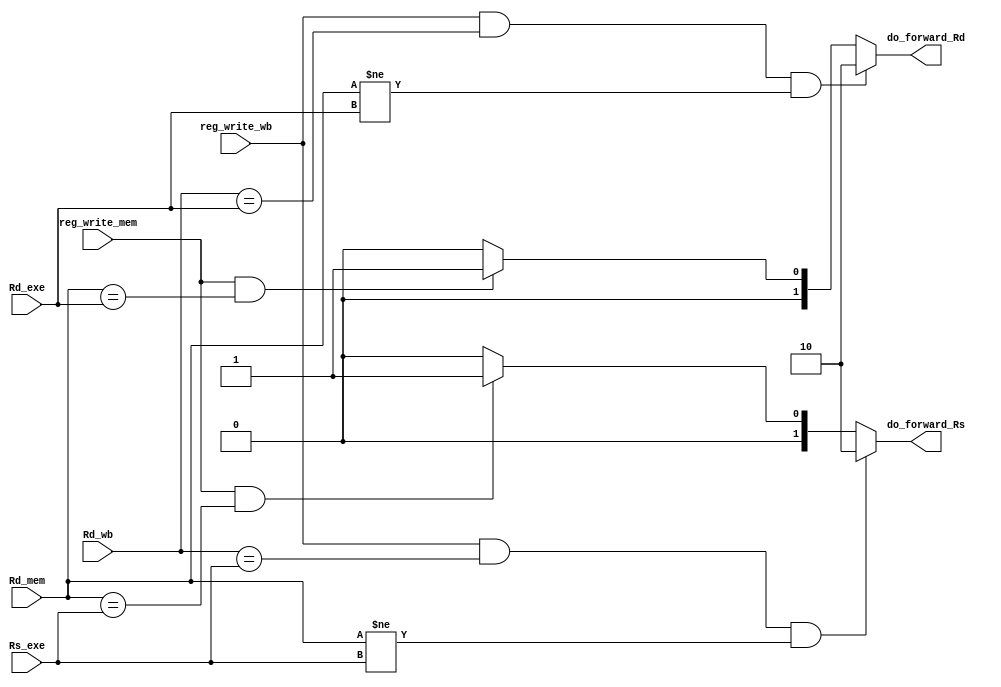
module forwarding_unit (Rd_mem, Rd_wb, reg_write_mem, reg_write_wb, Rs_exe, Rd_exe, do_forward_Rs, do_forward_Rd);

input wire [2:0] Rd_mem, Rd_wb, Rs_exe, Rd_exe;
input wire reg_write_mem, reg_write_wb;
output reg [1:0] do_forward_Rs,do_forward_Rd;

always @(Rd_mem, Rd_wb, reg_write_mem, reg_write_wb, Rs_exe, Rd_exe) begin
    //00: not forward, 01: type 1, 10: type 2
    //type 1 : 
    if((reg_write_mem)&(Rd_mem == Rs_exe))
        do_forward_Rs = 2'b01;
    else
        do_forward_Rs = 2'b00;

    if((reg_write_mem)&(Rd_mem == Rd_exe))
        do_forward_Rd = 2'b01;
    else
        do_forward_Rd = 2'b00;

    //type 2    
    if((reg_write_wb)&(Rd_wb == Rs_exe)&(Rd_mem != Rs_exe))
        do_forward_Rs = 2'b10;
    if((reg_write_wb)&(Rd_wb == Rd_exe)&(Rd_mem != Rd_exe))
        do_forward_Rd = 2'b10;
end

endmodule //forwarding_unit support both type 1 and type 2 forwarding and load stall